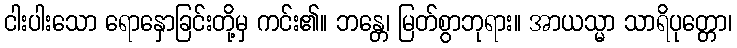
ငါးပါးသော ရောနှောခြင်းတို့မှ ကင်း၏။ ဘန္တေ၊ မြတ်စွာဘုရား။ အာယသ္မာ သာရိပုတ္တော၊